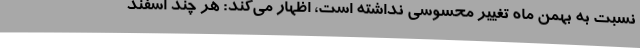
نسبت به بهمن ماه تغییر محسوسی نداشته است، اظهار می‌کند: هر چند اسفند